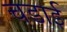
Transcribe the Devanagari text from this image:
चडाई